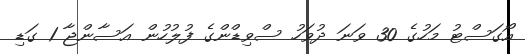
އޯގަސްޓު މަހުގެ 30 ވަނަ ދުވަހު ސްވިޑްންގެ ފުލުހުން އަސާންޖާ 1 ގަޑި